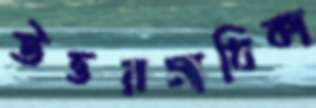
উত্তরসাধিকা